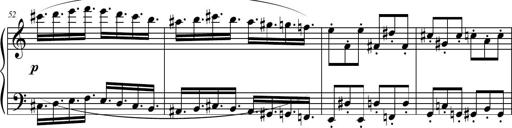
Title: Petite Sonatine
Composer: Richard St. Clair